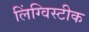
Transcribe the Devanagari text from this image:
लिंग्विस्टीक